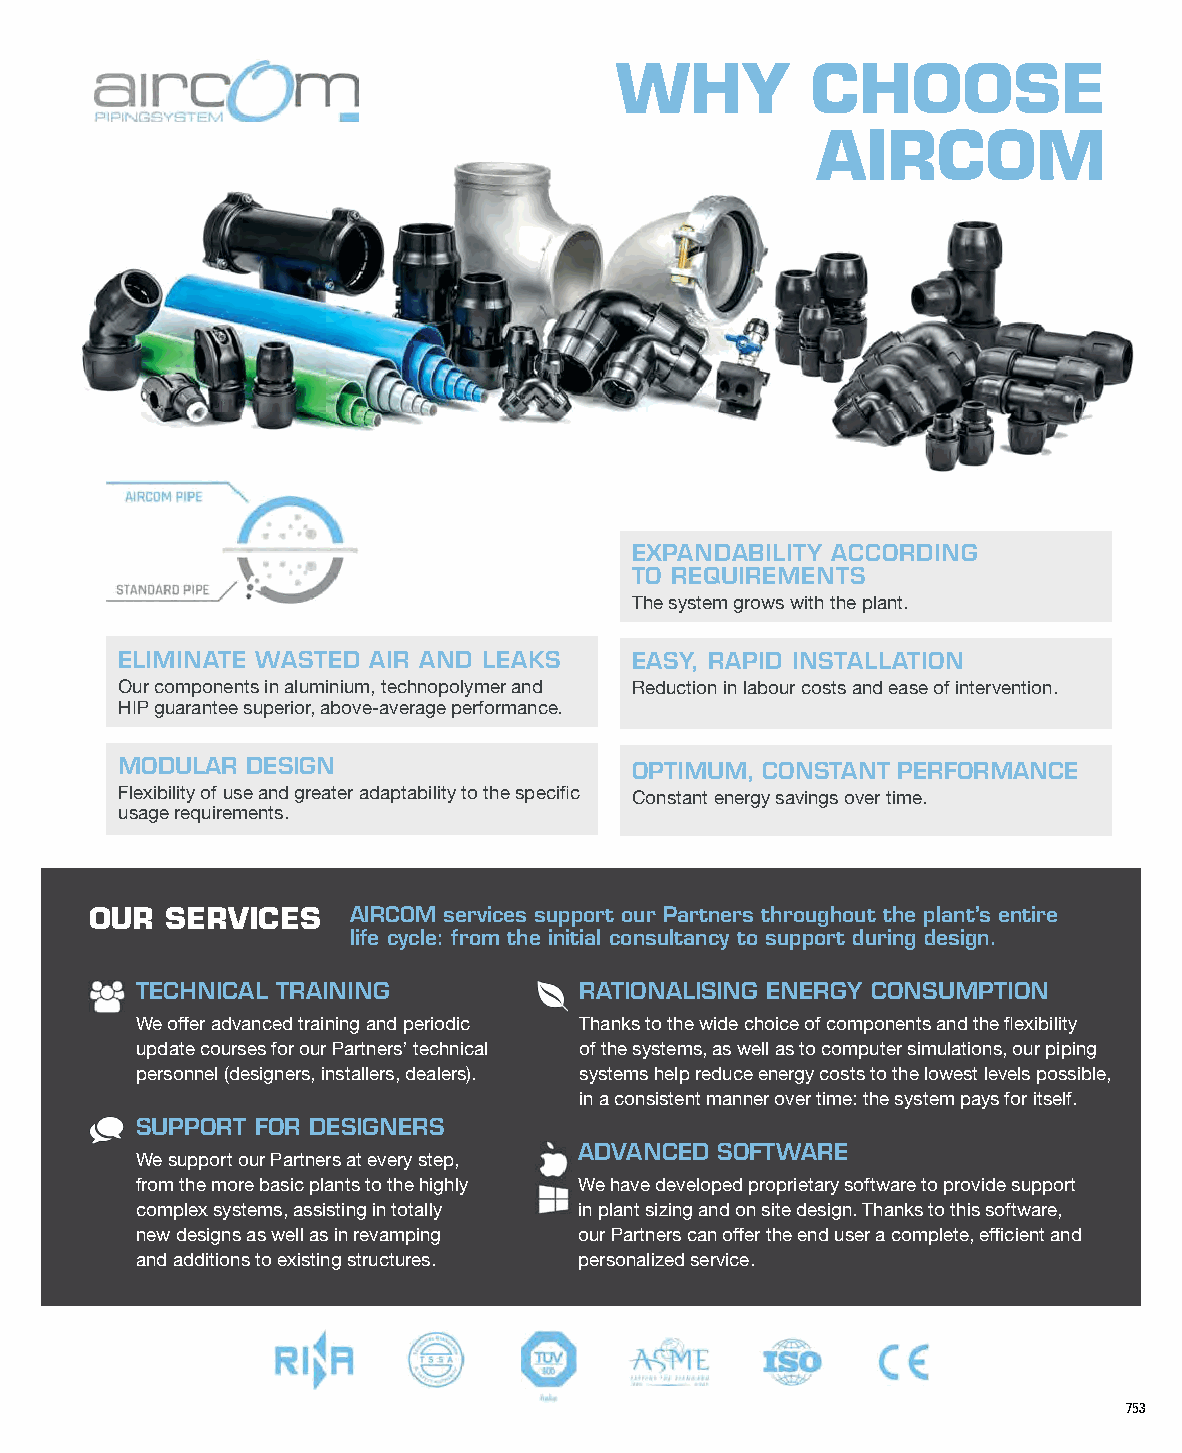
WHY          CHOOSE
 AIRCOM
 EXPANDABILITY ACCORDING
 TO REQUIREMENTS
 The system grows with the plant.
 ELIMINATE WASTED AIR AND LEAKS    EASY, RAPID INSTALLATION
 Our components in aluminium, technopolymer and Reduction in labour costs and ease of intervention.
 HIP guarantee superior, above-average performance.
 MODULAR DESIGN                    OPTIMUM, CONSTANT PERFORMANCE
 Flexibility of use and greater adaptability to the specific Constant energy savings over time.
 usage requirements.
 OUR  SERVICES    AIRCOM services support our Partners throughout the plant’s entire
 life cycle: from the initial consultancy to support during design.
 TECHNICAL TRAINING           RATIONALISING ENERGY CONSUMPTION
 We offer advanced training and periodic Thanks to the wide choice of components and the flexibility
 update courses for our Partners’ technical of the systems, as well as to computer simulations, our piping
 personnel (designers, installers, dealers). systems help reduce energy costs to the lowest levels possible,
 in a consistent manner over time: the system pays for itself.
 SUPPORT FOR DESIGNERS
 ADVANCED SOFTWARE
 We support our Partners at every step,
 from the more basic plants to the highly We have developed proprietary software to provide support
 complex systems, assisting in totally in plant sizing and on site design. Thanks to this software,
 new designs as well as in revamping our Partners can offer the end user a complete, efficient and
 and additions to existing structures. personalized service.
 753